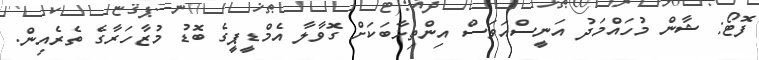
ފޮޓޯ: ޝާން މުހައްމަދު އަނީސްއަވަސް އިންތިޚާބަކަށް ގޮވާލާ އެމްޑީޕީގެ ބޮޑު މުޒާހަރާގެ ތެރެއިން.